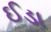
ઈડા